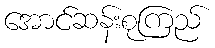
အောင်ဆန်းစုကြည်